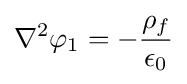
\mathbf {\nabla } ^{2}\varphi _{1}=-{\frac {\rho _{f}}{\epsilon _{0}}}